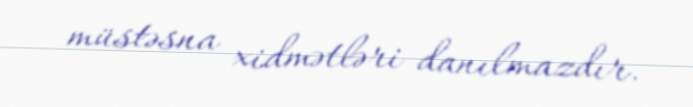
müstəsna xidmətləri danılmazdır.